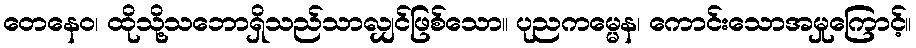
တေနေဝ၊ ထိုသို့သဘောရှိသည်သာလျှင်ဖြစ်သော။ ပုညကမ္မေန၊ ကောင်းသောအမှုကြောင့်။